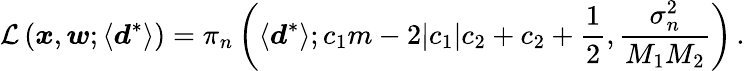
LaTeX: \mathcal{L}\left(\boldsymbol{x},\boldsymbol{w};\left\langle\boldsymbol{d}^{*}\right\rangle\right)=\pi_{n}\left(\langle\boldsymbol{d}^{*}\rangle;c_{1}m-2|c_{1}|c_{2}+c_{2}+\frac{1}{2},\frac{\sigma_{n}^{2}}{M_{1}M_{2}}\right)\, .